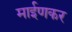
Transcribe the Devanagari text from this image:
माईणकर